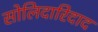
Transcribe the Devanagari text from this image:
सोलिदारिदाद